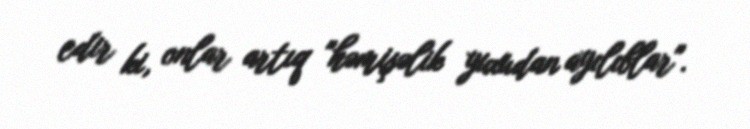
edir ki, onlar artıq "həmişəlik yuxudan ayılıblar".